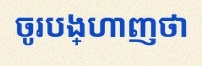
ចូរបង្ហាញថា